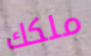
ملكك